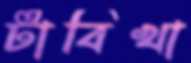
টাবিখা